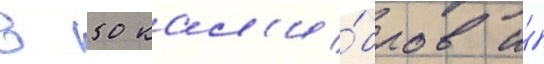
в 50 кал'и́бров и́